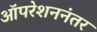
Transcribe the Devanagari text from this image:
ऑपरेशननंतर